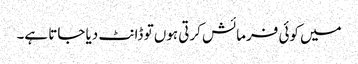
میں کوئی فرمائش کرتی ہوں تو ڈانٹ دیا جاتا ہے۔